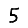
Digit: 5